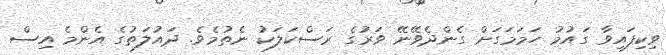
ވިކިފައިވާ ގައުމު ހަމަމަގަށް ގެންދެވޭނޭ ވަރުގެ ރަސްކަލަކު ނެތުމެވެ. ދައުލަތުގެ އެންމެ އިސް